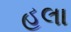
હલા